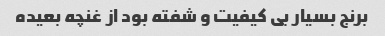
برنج بسیار بی کیفیت و شفته بود از غنچه بعیده